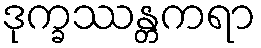
ဒုက္ခဿန္တကရာ